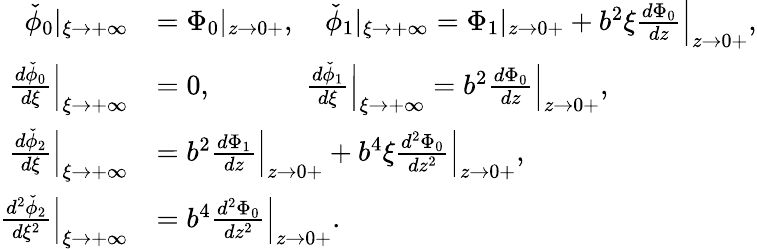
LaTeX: \begin{array}{rl}{\check{\phi}_{0}|_{\xi\to+\infty}}&{={\Phi}_{0}|_{z\to 0+},\quad\check{\phi}_{1}|_{\xi\to+\infty}={\Phi}_{1}|_{z\to 0+}+b^{2}\xi\frac{d{\Phi}_{0}}{dz}\Big|_{z\to 0+},}\\ {\frac{d\check{\phi}_{0}}{d\xi}\Big|_{\xi\to+\infty}}&{=0,\quad\quad\quad\; \frac{d\check{\phi}_{1}}{d\xi}\Big|_{\xi\to+\infty}=b^{2}\frac{d{\Phi}_{0}}{dz}\Big|_{z\to 0+},}\\ {\frac{d\check{\phi}_{2}}{d\xi}\Big|_{\xi\to+\infty}}&{=b^{2}\frac{d{\Phi}_{1}}{dz}\Big|_{z\to 0+}+b^{4}\xi\frac{d^{2}{\Phi}_{0}}{dz^{2}}\Big|_{z\to 0+},}\\ {\frac{d^{2}\check{\phi}_{2}}{d\xi^{2}}\Big|_{\xi\to+\infty}}&{=b^{4}\frac{d^{2}{\Phi}_{0}}{dz^{2}}\Big|_{z\to 0+}.}\end{array}